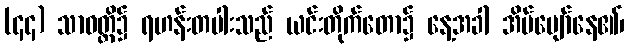
(၄၄) သာဝတ္ထိ၌ ရဟန်းတပါးသည် ယင်းတိုက်တော၌ နေ့အခါ အိပ်ပျော်နေ၏၊